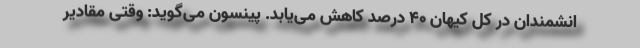
انشمندان در کل کیهان ۴۰ درصد کاهش می‌یابد. پینسون می‌گوید: وقتی مقادیر